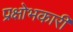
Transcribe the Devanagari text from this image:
प्रक्षोभकारी